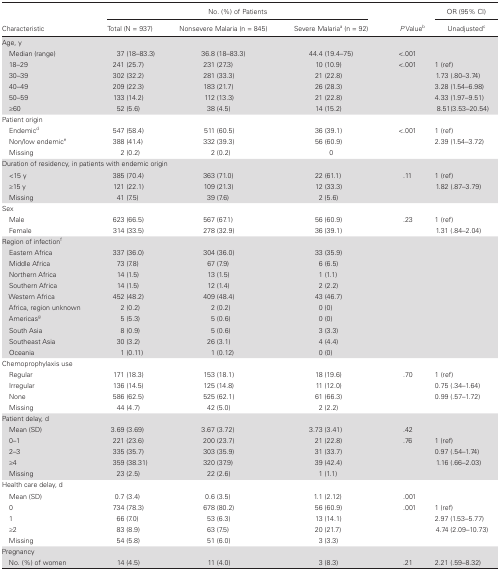
<table><thead><tr><td rowspan="2"><b>Characteristic</b></td><td colspan="3"><b>No. (%) of Patients</b></td><td rowspan="2"><b><i>P</i> Value<sup>b</sup></b></td><td><b>OR (95% CI)</b></td></tr><tr><td><b>Total (N = 937)</b></td><td><b>Nonsevere Malaria (n = 845)</b></td><td><b>Severe Malaria<sup>a</sup> (n = 92)</b></td><td><b>Unadjusted<sup>c</sup></b></td></tr></thead><tbody><tr><td colspan="6">Age, y</td></tr><tr><td> Median (range)</td><td>37 (18–83.3)</td><td>36.8 (18–83.3)</td><td>44.4 (19.4–75)</td><td>&lt;.001</td><td></td></tr><tr><td> 18–29</td><td>241 (25.7)</td><td>231 (27.3)</td><td>10 (10.9)</td><td rowspan="5">&lt;.001</td><td>1 (ref)</td></tr><tr><td> 30–39</td><td>302 (32.2)</td><td>281 (33.3)</td><td>21 (22.8)</td><td>1.73 (.80–3.74)</td></tr><tr><td> 40–49</td><td>209 (22.3)</td><td>183 (21.7)</td><td>26 (28.3)</td><td>3.28 (1.54–6.98)</td></tr><tr><td> 50–59</td><td>133 (14.2)</td><td>112 (13.3)</td><td>21 (22.8)</td><td>4.33 (1.97–9.51)</td></tr><tr><td> ≥60</td><td>52 (5.6)</td><td>38 (4.5)</td><td>14 (15.2)</td><td>8.51(3.53–20.54)</td></tr><tr><td colspan="6">Patient origin</td></tr><tr><td> Endemic<sup>d</sup></td><td>547 (58.4)</td><td>511 (60.5)</td><td>36 (39.1)</td><td rowspan="2">&lt;.001</td><td>1 (ref)</td></tr><tr><td> Non/low endemic<sup>e</sup></td><td>388 (41.4)</td><td>332 (39.3)</td><td>56 (60.9)</td><td>2.39 (1.54–3.72)</td></tr><tr><td> Missing</td><td>2 (0.2)</td><td>2 (0.2)</td><td>0</td><td></td><td></td></tr><tr><td colspan="6">Duration of residency, in patients with endemic origin</td></tr><tr><td> &lt;15 y</td><td>385 (70.4)</td><td>363 (71.0)</td><td>22 (61.1)</td><td>.11</td><td>1 (ref)</td></tr><tr><td> ≥15 y</td><td>121 (22.1)</td><td>109 (21.3)</td><td>12 (33.3)</td><td></td><td>1.82 (.87–3.79)</td></tr><tr><td> Missing</td><td>41 (7.5)</td><td>39 (7.6)</td><td>2 (5.6)</td><td></td><td></td></tr><tr><td colspan="6">Sex</td></tr><tr><td> Male</td><td>623 (66.5)</td><td>567 (67.1)</td><td>56 (60.9)</td><td rowspan="2">.23</td><td>1 (ref)</td></tr><tr><td> Female</td><td>314 (33.5)</td><td>278 (32.9)</td><td>36 (39.1)</td><td>1.31 (.84–2.04)</td></tr><tr><td colspan="6">Region of infection<sup>f</sup></td></tr><tr><td> Eastern Africa</td><td>337 (36.0)</td><td>304 (36.0)</td><td>33 (35.9)</td><td></td><td></td></tr><tr><td> Middle Africa</td><td>73 (7.8)</td><td>67 (7.9)</td><td>6 (6.5)</td><td></td><td></td></tr><tr><td> Northern Africa</td><td>14 (1.5)</td><td>13 (1.5)</td><td>1 (1.1)</td><td></td><td></td></tr><tr><td> Southern Africa</td><td>14 (1.5)</td><td>12 (1.4)</td><td>2 (2.2)</td><td></td><td></td></tr><tr><td> Western Africa</td><td>452 (48.2)</td><td>409 (48.4)</td><td>43 (46.7)</td><td></td><td></td></tr><tr><td> Africa, region unknown</td><td>2 (0.2)</td><td>2 (0.2)</td><td>0 (0)</td><td></td><td></td></tr><tr><td> Americas<sup>g</sup></td><td>5 (5.3)</td><td>5 (0.6)</td><td>0 (0)</td><td></td><td></td></tr><tr><td> South Asia</td><td>8 (0.9)</td><td>5 (0.6)</td><td>3 (3.3)</td><td></td><td></td></tr><tr><td> Southeast Asia</td><td>30 (3.2)</td><td>26 (3.1)</td><td>4 (4.4)</td><td></td><td></td></tr><tr><td> Oceania</td><td>1 (0.11)</td><td>1 (0.12)</td><td>0 (0)</td><td></td><td></td></tr><tr><td colspan="6">Chemoprophylaxis use</td></tr><tr><td> Regular</td><td>171 (18.3)</td><td>153 (18.1)</td><td>18 (19.6)</td><td rowspan="3">.70</td><td>1 (ref)</td></tr><tr><td> Irregular</td><td>136 (14.5)</td><td>125 (14.8)</td><td>11 (12.0)</td><td>0.75 (.34–1.64)</td></tr><tr><td> None</td><td>586 (62.5)</td><td>525 (62.1)</td><td>61 (66.3)</td><td>0.99 (.57–1.72)</td></tr><tr><td> Missing</td><td>44 (4.7)</td><td>42 (5.0)</td><td>2 (2.2)</td><td></td><td></td></tr><tr><td colspan="6">Patient delay, d</td></tr><tr><td> Mean (SD)</td><td>3.69 (3.69)</td><td>3.67 (3.72)</td><td>3.73 (3.41)</td><td>.42</td><td></td></tr><tr><td> 0–1</td><td>221 (23.6)</td><td>200 (23.7)</td><td>21 (22.8)</td><td rowspan="3">.76</td><td>1 (ref)</td></tr><tr><td> 2–3</td><td>335 (35.7)</td><td>303 (35.9)</td><td>31 (33.7)</td><td>0.97 (.54–1.74)</td></tr><tr><td> ≥4</td><td>359 (38.31)</td><td>320 (37.9)</td><td>39 (42.4)</td><td>1.16 (.66–2.03)</td></tr><tr><td> Missing</td><td>23 (2.5)</td><td>22 (2.6)</td><td>1 (1.1)</td><td></td><td></td></tr><tr><td colspan="6">Health care delay, d</td></tr><tr><td> Mean (SD)</td><td>0.7 (3.4)</td><td>0.6 (3.5)</td><td>1.1 (2.12)</td><td>.001</td><td></td></tr><tr><td> 0</td><td>734 (78.3)</td><td>678 (80.2)</td><td>56 (60.9)</td><td rowspan="3">.001</td><td>1 (ref)</td></tr><tr><td> 1</td><td>66 (7.0)</td><td>53 (6.3)</td><td>13 (14.1)</td><td>2.97 (1.53–5.77)</td></tr><tr><td> ≥2</td><td>83 (8.9)</td><td>63 (7.5)</td><td>20 (21.7)</td><td>4.74 (2.09–10.73)</td></tr><tr><td> Missing</td><td>54 (5.8)</td><td>51 (6.0)</td><td>3 (3.3)</td><td></td><td></td></tr><tr><td colspan="6">Pregnancy</td></tr><tr><td> No. (%) of women</td><td>14 (4.5)</td><td>11 (4.0)</td><td>3 (8.3)</td><td>.21</td><td>2.21 (.59–8.32)</td></tr></tbody></table>